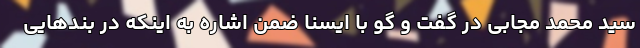
سید محمد مجابی در گفت و گو با ایسنا ضمن اشاره به اینکه در بندهایی